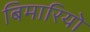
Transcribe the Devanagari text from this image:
बिमारियो